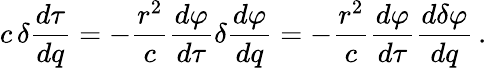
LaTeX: c\, \delta{\frac{d\tau}{dq}}=-{\frac{r^{2}}{c}}{\frac{d\varphi}{d\tau}}\delta{\frac{d\varphi}{dq}}=-{\frac{r^{2}}{c}}{\frac{d\varphi}{d\tau}}{\frac{d\delta\varphi}{dq}}\, .